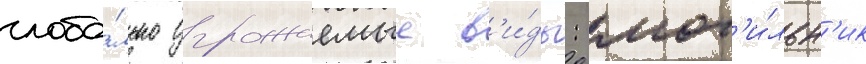
глоба́льно угрожаемые в'и́ды: мог'и́льн'ик